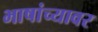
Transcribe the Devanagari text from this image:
भाषांच्यावर